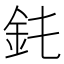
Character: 䤜